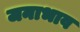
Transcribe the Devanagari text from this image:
जनाभाव